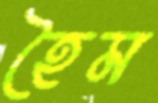
হৈম